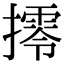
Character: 㩕